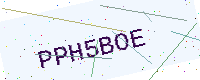
Text: PPH5BOE